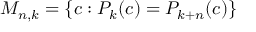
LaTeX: M _ { n , k } = \{ c : P _ { k } ( c ) = P _ { k + n } ( c ) \}